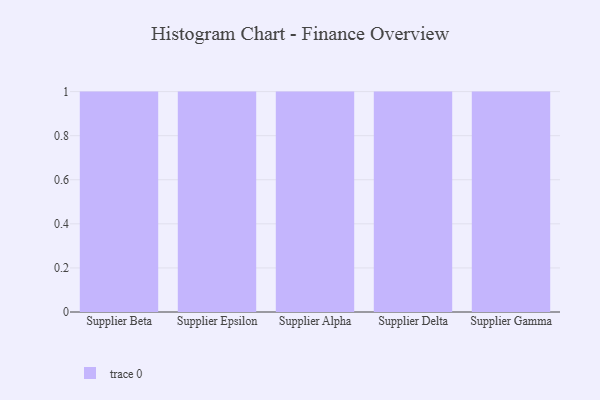
{"axis": {"x": "Supplier", "y": "Net Income (USD K)"}, "legend": [""], "data": [{"x": "Supplier Beta", "y": 16, "type": ""}, {"x": "Supplier Epsilon", "y": 4, "type": ""}, {"x": "Supplier Alpha", "y": 26, "type": ""}, {"x": "Supplier Delta", "y": 92, "type": ""}, {"x": "Supplier Gamma", "y": 32, "type": ""}]}